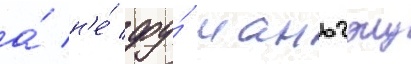
а́ н'е́ фу́ маньчжу